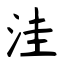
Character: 洼